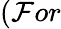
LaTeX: (\mathcal{F}or